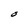
Character: O